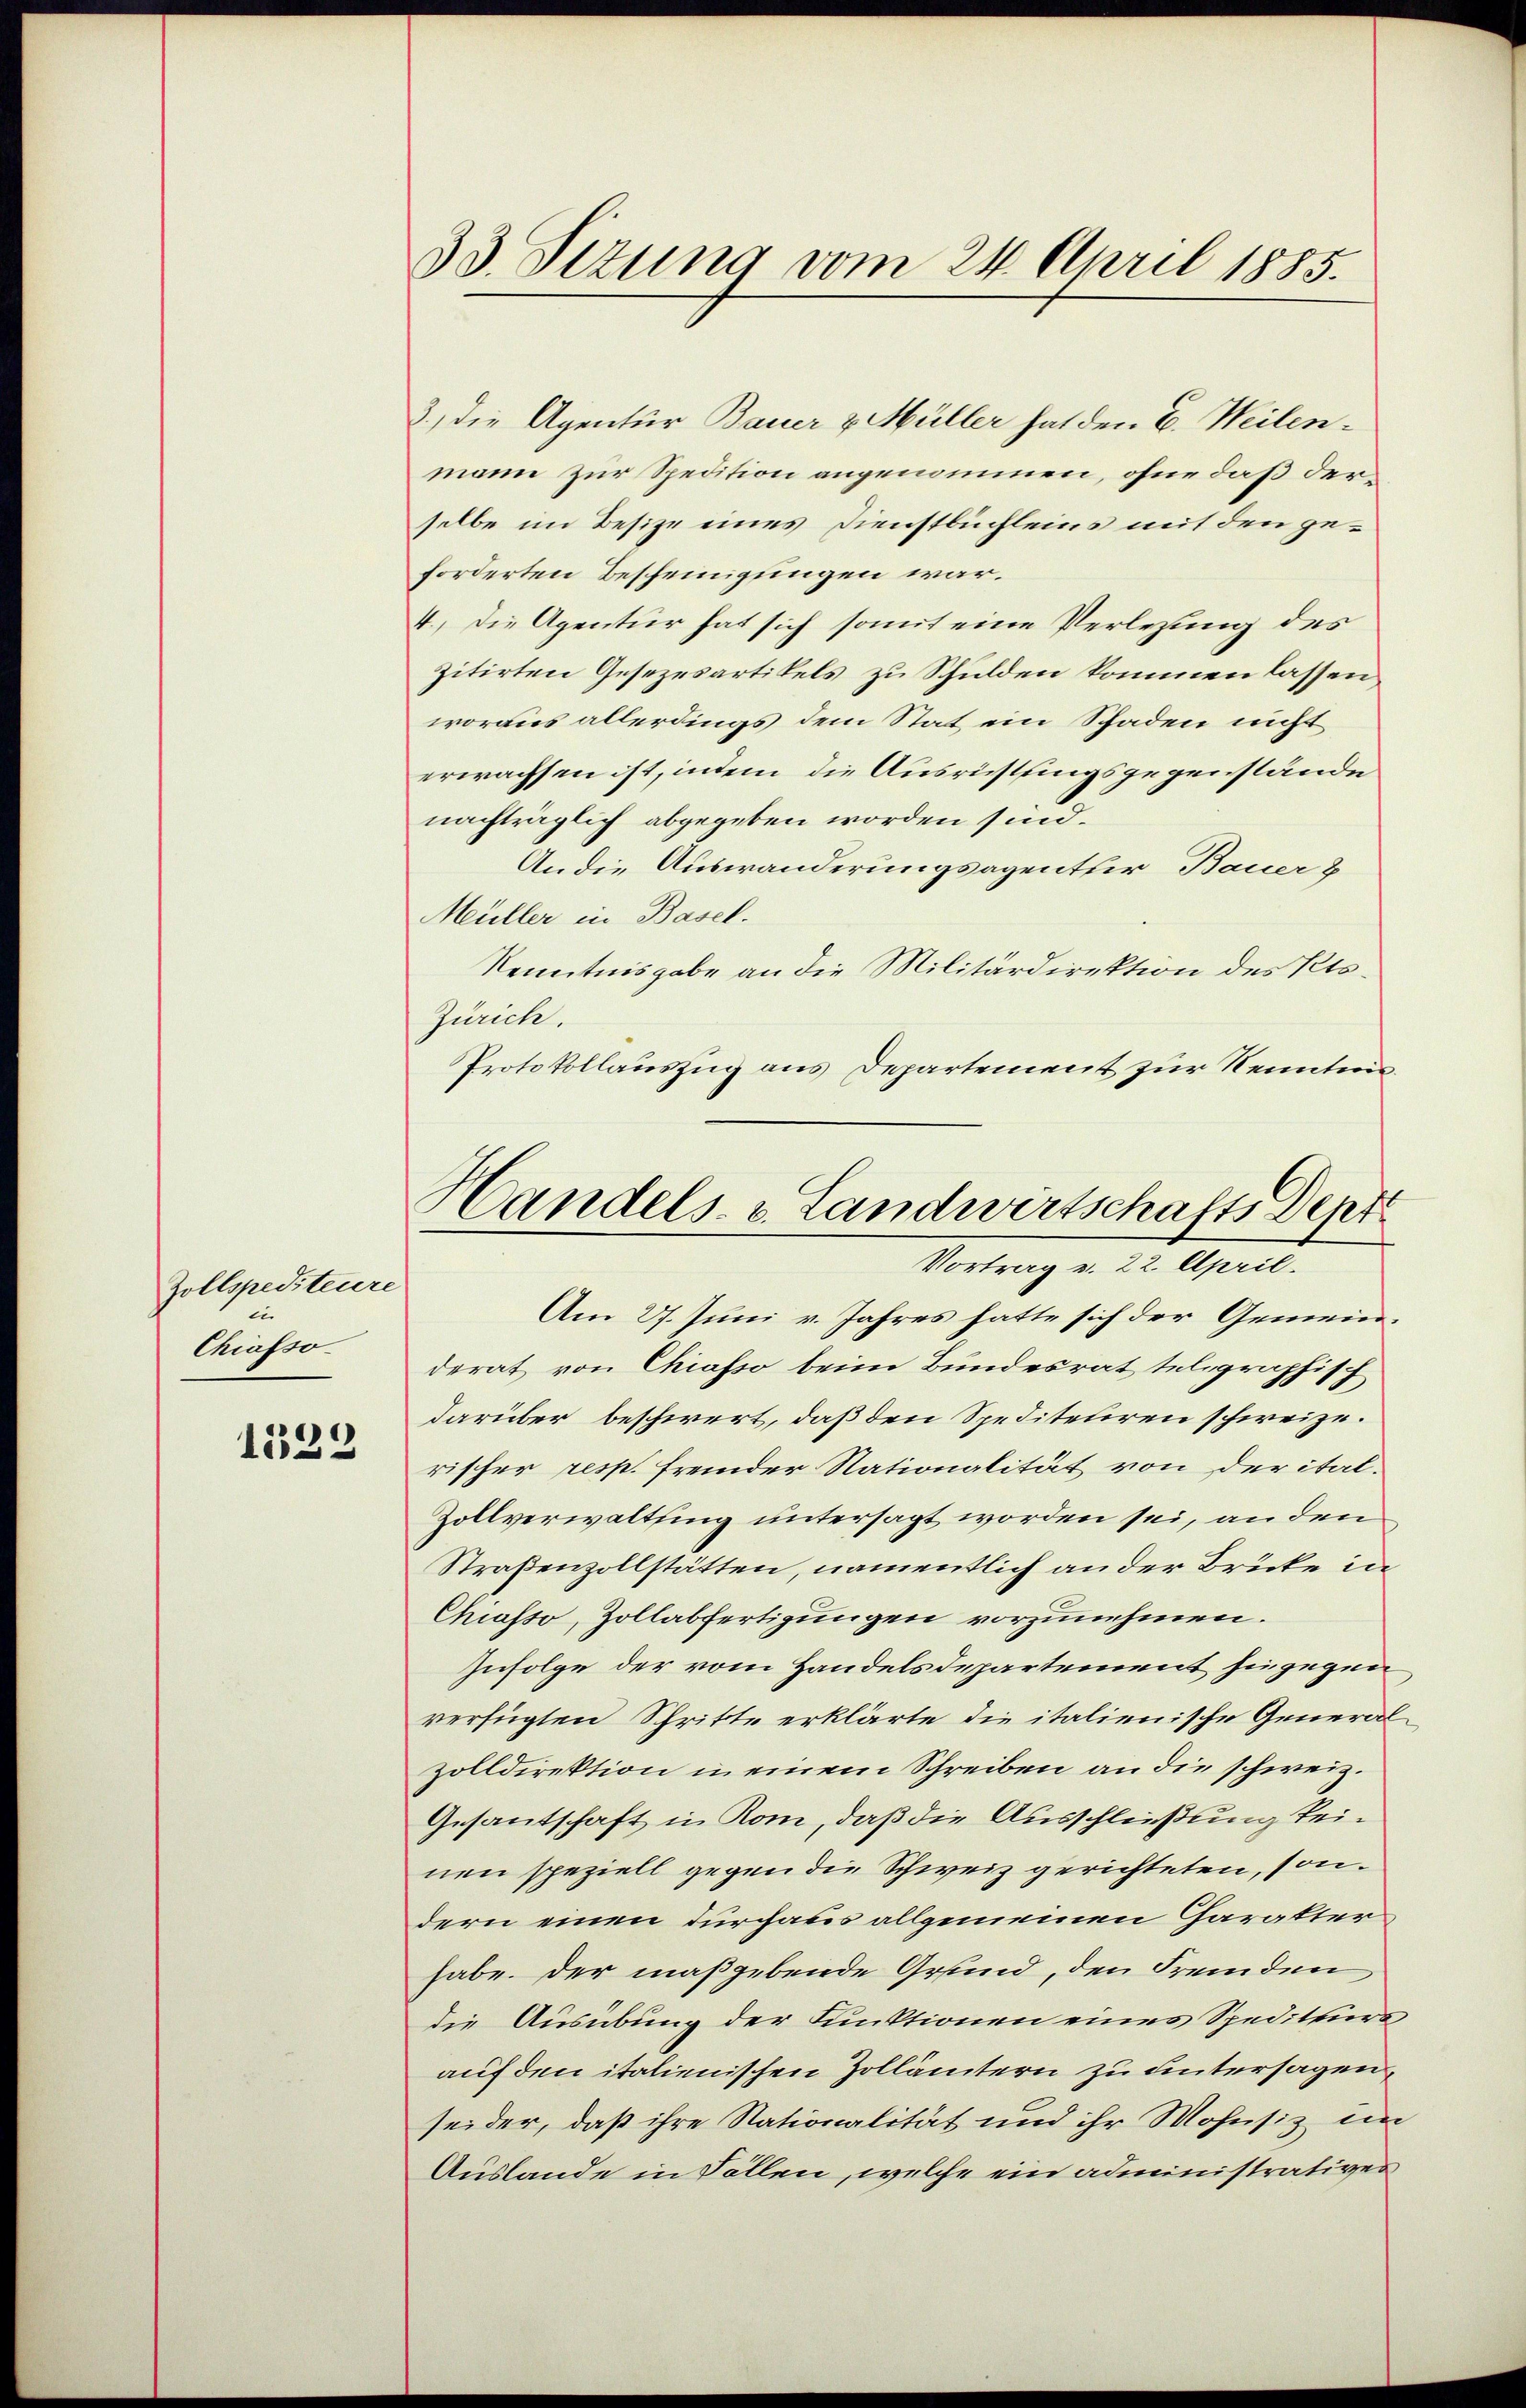
Zollspediteuere
ei
Chiasso¬

1529

33. Sizung vom 24. April 1885.

3.) Die Agentur Bauer & Müller hat den E. Weilenmann zur Spedition angenommen, ohne daß derselbe im Besitze eines Dienstbuchleins mit den geforderten Bescheinigungen war.
4.) Die Agentur hat sich somit eine Verlesung des
zitirten Gesezesartikels zu Schulden kommen lassen.
woraus allerdings dem Stat ein Schaden nicht
erwachsen ist, indem die Ausrichtlingsgegenstände
nachträglich abgegeben worden sind.
An die Auswanderungsagenther Bauer &
Müller in Basel.
Kenntnisgabe an die Militärdirektion des Kts.
Zürich.
Protokollauszug aus Departement zur Kenntens¬
Am 27. Juni v. Jahres hatte sich der Gemeinderat von Chiasso beim Bundesrat telegraphisch
darüber beschwert, daß den Spediteliren schweize.
rischer resp. fremder Stationalität von der ital¬
Zollverwaltung untersagt worden sei, an den
Straßenzollstätten, namentlich an der Brücke in
Chiasso, Zollabfertigungen vorzunehmen.
Zufolge der vom Handelsdepartement hingegen
verfügten Schritte erklärte die italienische General
zolldirektion in einem Schreiben an die schweiz.
Gesantschaft in Rom, daß die Ausschließung keinen speziell gegen die Schweiz gerichteten, sondern einen durchaus allgemeinen Charakter
habe. Der maßgebende Grund, den Fremden
die Ausübung der Funktionen eines Spediteursauf den italienischen Zollämtern zu untersagen,
seider, daß ihre Nationalität und ihr Mohnsiz im
Auslande in Fällen, welche ein administratives

Handels- u. Landwirtschafts Depr
Vortrag v. 22. April.